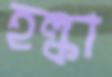
হল্কা